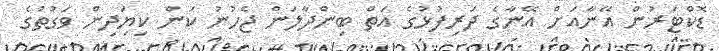
ޑޮކްޓަރުން އޭނާއަށް އޭނާގެ ދަރިފުޅުގެ އަތް ބިންދާލަން ޖެހުނު ކަން ކިޔަިދިން ވަގުތުގެ